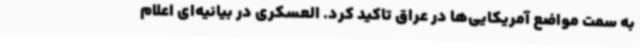
به سمت مواضع آمریکایی‌ها در عراق تاکید کرد. العسکری در بیانیه‌ای اعلام